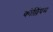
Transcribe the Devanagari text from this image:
कोल्लिंघम